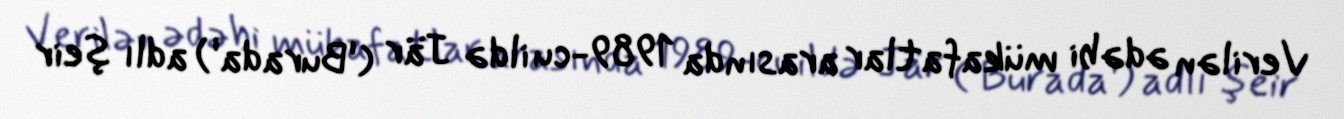
Verilən ədəbi mükafatlar arasında 1989-cu ildə Jär ('Burada') adlı şeir